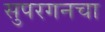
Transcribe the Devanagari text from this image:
सुपरगनचा